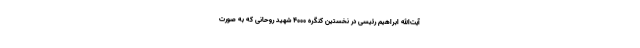
آیت‌الله ابراهیم رئیسی در نخستین کنگره ۴۰۰۰ شهید روحانی که به صورت